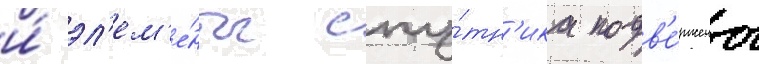
и́ эл'ем'е́нты спу́тн'ика подв'е́ржены